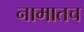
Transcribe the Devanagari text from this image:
नामातच